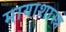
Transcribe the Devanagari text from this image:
मायाशास्त्र